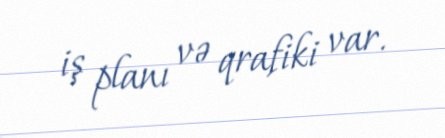
iş planı və qrafiki var.